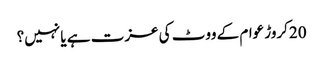
20کروڑ عوام کے ووٹ کی عزت ہے یا نہیں؟